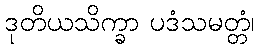
ဒုတိယသိက္ခာ ပဒံသမတ္တံ၊